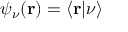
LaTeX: \psi _ { \nu } ( \mathbf { r } ) = \langle \mathbf { r } | \nu \rangle